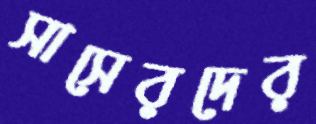
সাসেরদের